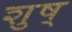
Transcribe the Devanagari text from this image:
शुष्